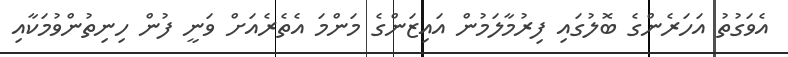
އެވަގުތު އަހަރެންގެ ބޮލުގައި ފިރުމާލަމުން އައިޒަންގެ މަންމަ އެތެރެއަށް ވަނީ ފުން ހިނިތުންވުމަކާއި